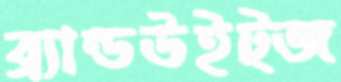
ব্র্যান্ডউইট্জ